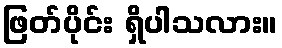
ဖြတ်ပိုင်း ရှိပါသလား။